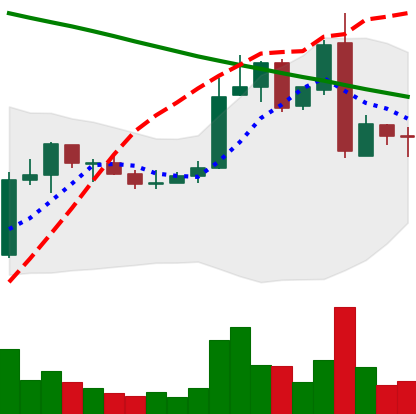
Ticker: ADA-USD
Chart end date: 2019-02-27
Forward return: -6.166%
Label: down_5_7